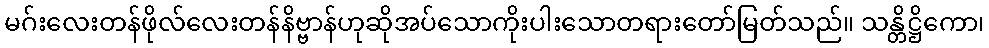
မဂ်းလေးတန်ဖိုလ်လေးတန်နိဗ္ဗာန်ဟုဆိုအပ်သောကိုးပါးသောတရားတော်မြတ်သည်။ သန္တိဋ္ဌိကော၊